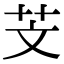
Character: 芠